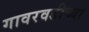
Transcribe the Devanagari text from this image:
गावरवडीच्या